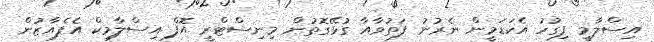
އިސްލާމީ ފިގުހު އެކަޑަމީން ނެރުނު ފަތުވާއާ ގުޅޭގޮތުން މިނިސްޓްރީ އޮފް އިސްލާމިކް އެފެއާޒުން